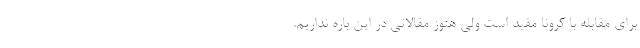
برای مقابله با کرونا مفید است ولی هنوز مقالاتی در این باره نداریم.